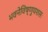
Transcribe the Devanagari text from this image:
भवनेविष्णुयशसः